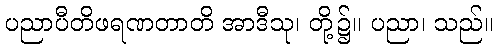
ပညာပီတိဖရဏတာတိ အာဒီသု၊ တို့၌။ ပညာ၊ သည်။